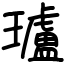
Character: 瓐